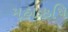
મહાઋષિ